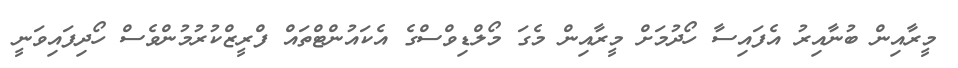
މީރާއިން ބުނާއިރު އެފައިސާ ހޯދުމަށް މީރާއިން މެގަ މޯލްޑިވްސްގެ އެކައުންޓްތައް ފްރީޒްކުރުމުންވެސް ހޯދިފައިވަނީ